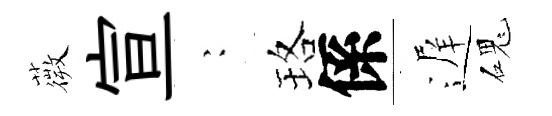
薇宣巍珞係遅磈